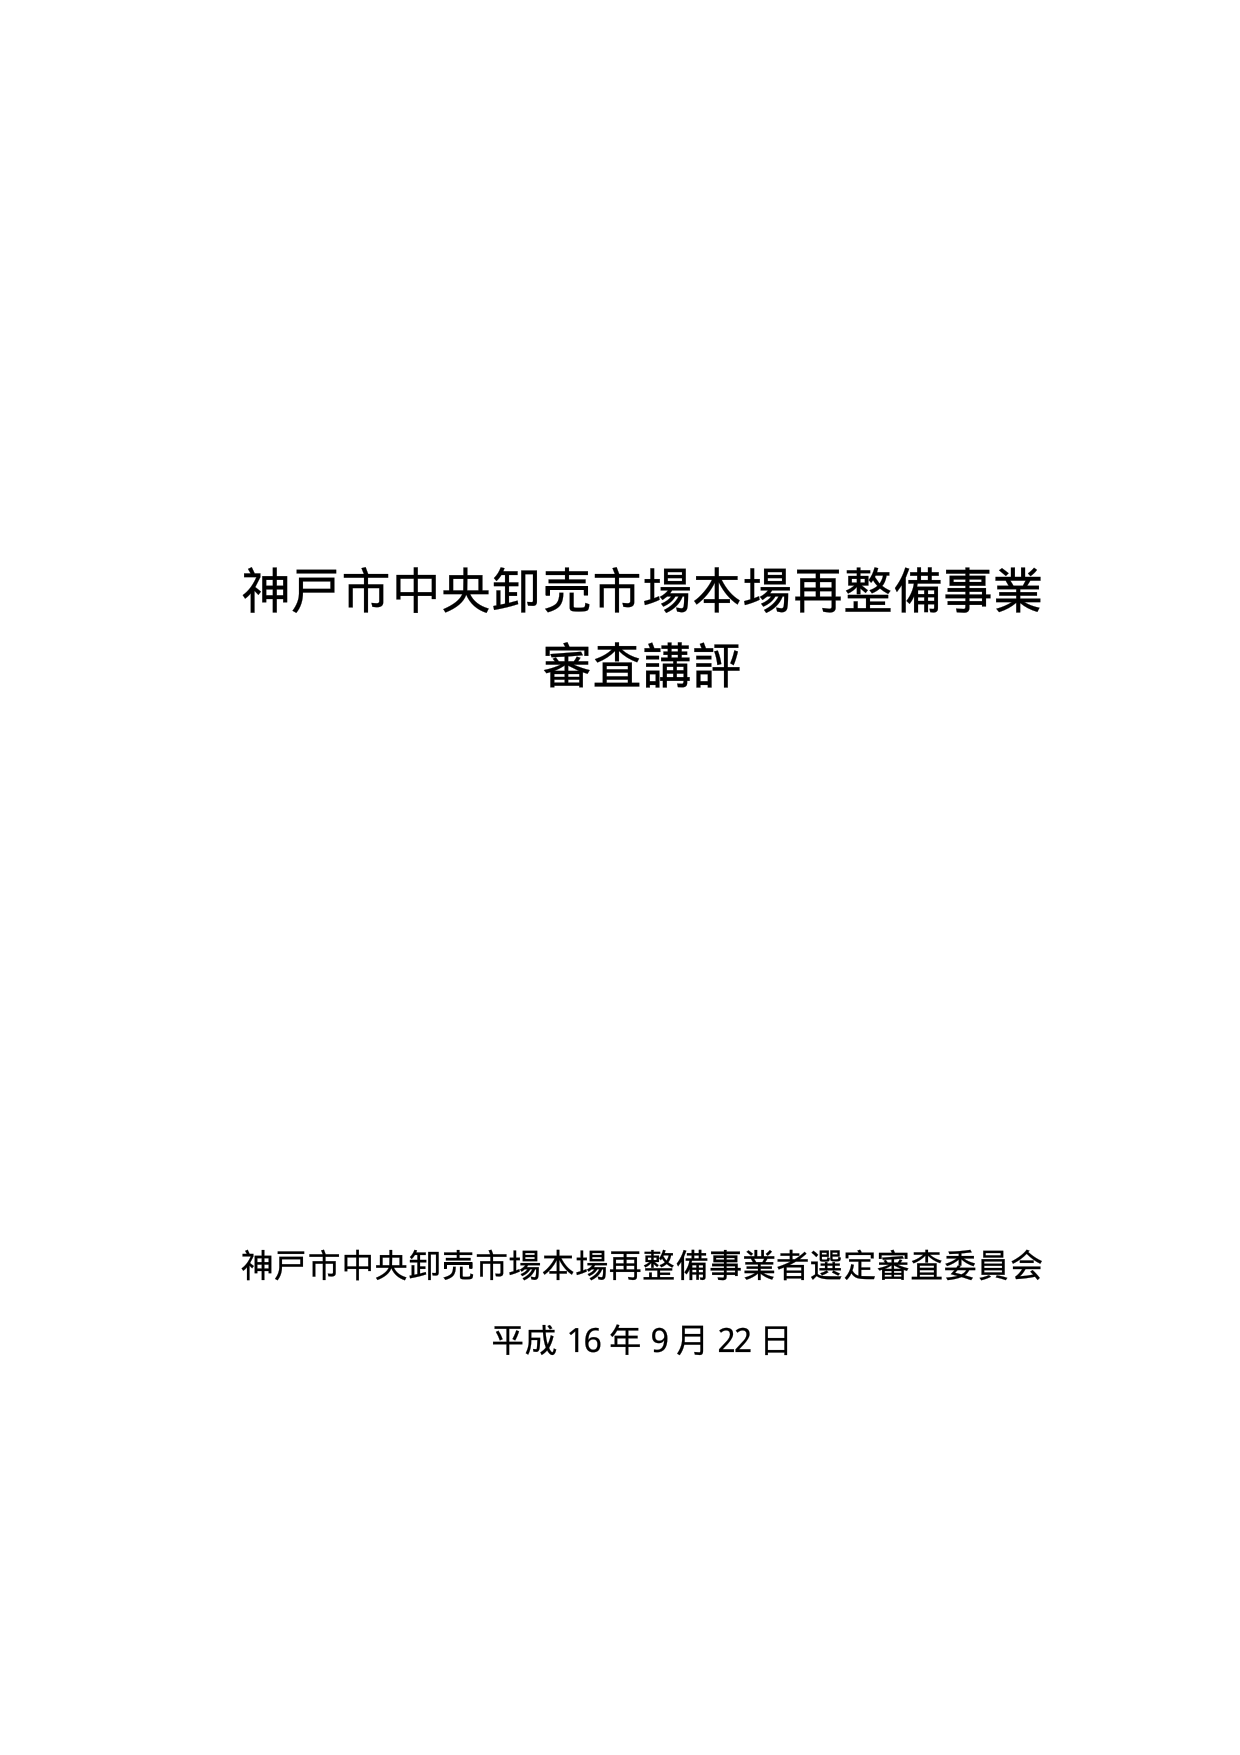
神戸市中央卸売市場本場再整備事業
審査講評

神戸市中央卸売市場本場再整備事業者選定審査委員会
平成16年9月22日